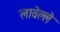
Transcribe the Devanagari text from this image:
लावेल्ले